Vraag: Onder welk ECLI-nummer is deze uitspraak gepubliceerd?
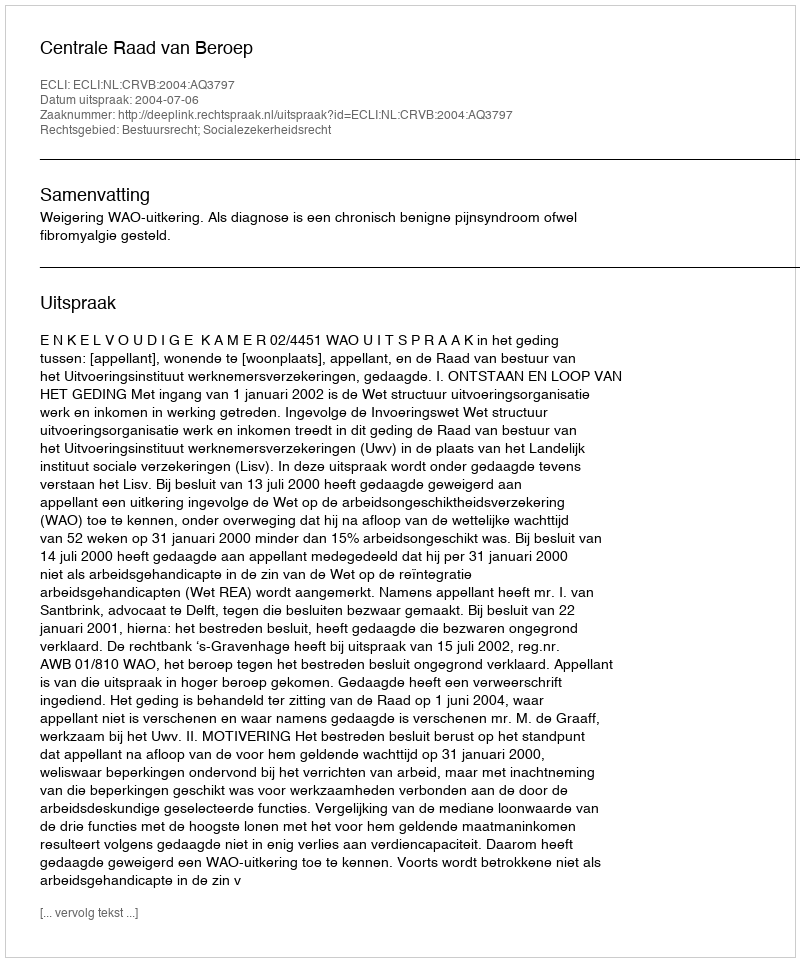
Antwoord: ECLI:NL:CRVB:2004:AQ3797